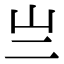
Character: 亗